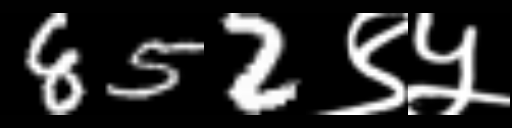
Text: 852९५